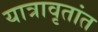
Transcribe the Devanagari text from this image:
यात्रावृतांत